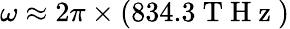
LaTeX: \omega\approx 2\pi\times(834.3\mathrm{~T~H~z~})